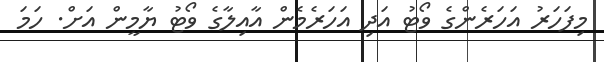
މިފަހަރު އަހަރެންގެ ވޯޓު އަދި އަހަރެމެން އާއިލާގެ ވޯޓު ޔާމީން އަށް. ހަމަ